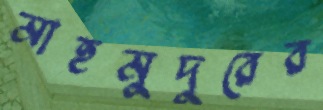
মাহমুদুরের